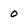
Character: o